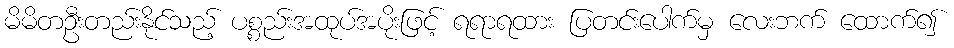
မိမိတဦးတည်းနိုင်သည့် ပစ္စည်းအထုပ်အပိုးဖြင့် ရရာရထား ပြတင်းပေါက်မှ လေးဘက် ထောက်၍